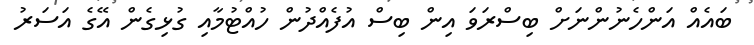
ބައެއް އަންހެނުންނަށް ބިސްރަވަ އިން ބިސް އުފެއްދުން ހުއްޓުމާއި ގުޅިގެން އޭގެ އަސަރު